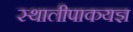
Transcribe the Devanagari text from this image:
स्थालीपाकयज्ञ